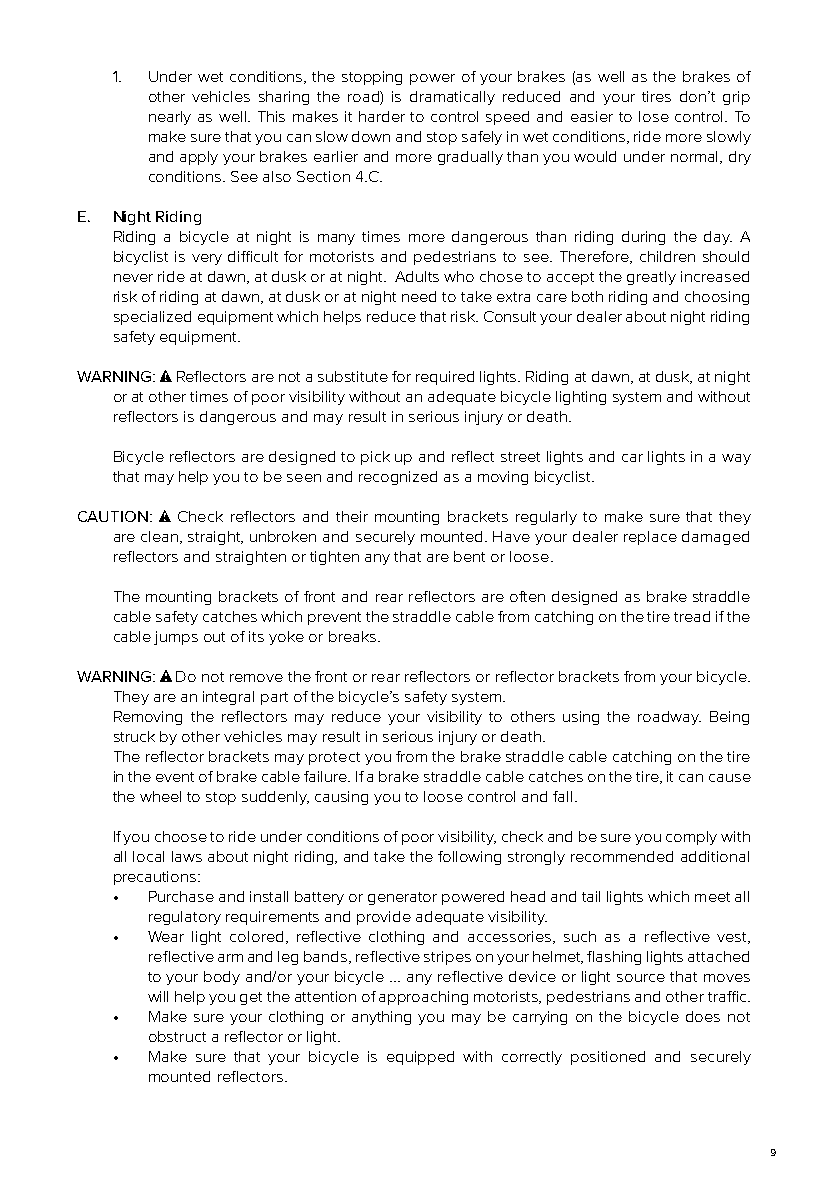
1. Under wet conditions, the stopping power of your brakes (as well as the brakes of
 other vehicles sharing the road) is dramatically reduced and your tires don’t grip
 nearly as well. This makes it harder to control speed and easier to lose control. To
 make sure that you can slow down and stop safely in wet conditions, ride more slowly
 and apply your brakes earlier and more gradually than you would under normal, dry
 conditions. See also Section 4.C.
 E. Night Riding
 Riding a bicycle at night is many times more dangerous than riding during the day. A
 bicyclist is very difficult for motorists and pedestrians to see. Therefore, children should
 never ride at dawn, at dusk or at night. Adults who chose to accept the greatly increased
 risk of riding at dawn, at dusk or at night need to take extra care both riding and choosing
 specialized equipment which helps reduce that risk. Consult your dealer about night riding
 safety equipment.
 WARNING: Reflectors are not a substitute for required lights. Riding at dawn, at dusk, at night
 or at other times of poor visibility without an adequate bicycle lighting system and without
 reflectors is dangerous and may result in serious injury or death.
 Bicycle reflectors are designed to pick up and reflect street lights and car lights in a way
 that may help you to be seen and recognized as a moving bicyclist.
 CAUTION: Check reflectors and their mounting brackets regularly to make sure that they
 are clean, straight, unbroken and securely mounted. Have your dealer replace damaged
 reflectors and straighten or tighten any that are bent or loose.
 The mounting brackets of front and rear reflectors are often designed as brake straddle
 cable safety catches which prevent the straddle cable from catching on the tire tread if the
 cable jumps out of its yoke or breaks.
 WARNING: Do not remove the front or rear reflectors or reflector brackets from your bicycle.
 They are an integral part of the bicycle’s safety system.
 Removing the reflectors may reduce your visibility to others using the roadway. Being
 struck by other vehicles may result in serious injury or death.
 The reflector brackets may protect you from the brake straddle cable catching on the tire
 in the event of brake cable failure. If a brake straddle cable catches on the tire, it can cause
 the wheel to stop suddenly, causing you to loose control and fall.
 If you choose to ride under conditions of poor visibility, check and be sure you comply with
 all local laws about night riding, and take the following strongly recommended additional
 precautions:
 •  Purchase and install battery or generator powered head and tail lights which meet all
 regulatory requirements and provide adequate visibility.
 •  Wear light colored, reflective clothing and accessories, such as a reflective vest,
 reflective arm and leg bands, reflective stripes on your helmet, flashing lights attached
 to your body and/or your bicycle ... any reflective device or light source that moves
 will help you get the attention of approaching motorists, pedestrians and other traffic.
 •  Make sure your clothing or anything you may be carrying on the bicycle does not
 obstruct a reflector or light.
 •  Make sure that your bicycle is equipped with correctly positioned and securely
 mounted reflectors.
 9